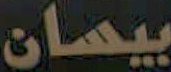
بيسان